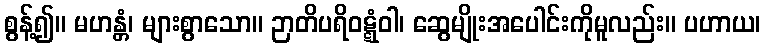
စွန့်၍။ မဟန္တံ၊ များစွာသော။ ဉာတိပရိဝဋ္ဋံဝါ၊ ဆွေမျိုးအပေါင်းကိုမူလည်း။ ပဟာယ၊